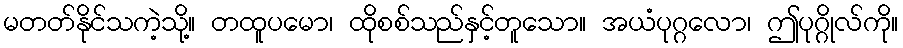
မတတ်နိုင်သကဲ့သို့။ တထူပမော၊ ထိုစစ်သည်နှင့်တူသော။ အယံပုဂ္ဂလော၊ ဤပုဂ္ဂိုလ်ကို။